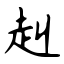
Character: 赳